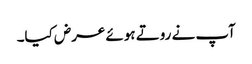
آپ نے روتے ہوئے عرض کیا۔